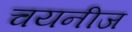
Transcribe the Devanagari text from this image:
चयनीज